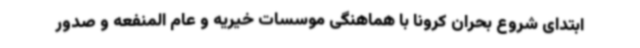
ابتدای شروع بحران کرونا با هماهنگی موسسات خیریه و عام المنفعه و صدور